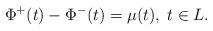
LaTeX: \begin{align*}\Phi^+(t) - \Phi^-(t)= \mu(t), \; t \in L. \end{align*}